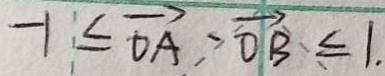
- 1 \leq \overrightarrow { O A } - \overrightarrow { O B } \leq 1 .